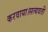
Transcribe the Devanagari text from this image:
करवाया।सत्यवती